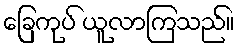
ခြေကုပ် ယူလာကြသည်။